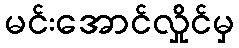
မင်းအောင်လှိုင်မှ